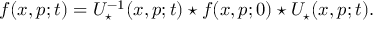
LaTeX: f ( x , p ; t ) = U _ { \star } ^ { - 1 } ( x , p ; t ) \star f ( x , p ; 0 ) \star U _ { \star } ( x , p ; t ) .